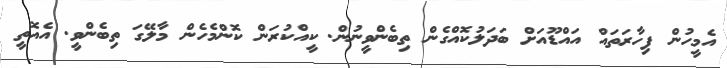
އެމީހުން ފިހާރަތައް އައްޑޫއަށް ބަދަލުކޮއްގެން ތިބެންވީނުން. ކީއްކުރަން ކޮންމެހެން މާލޭގަ ތިބެންވީ. އެއޮތީ